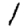
Digit: 1